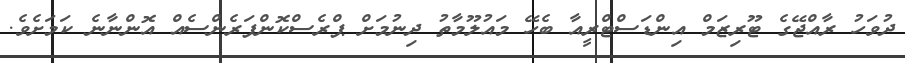
ދުވަހު ރާއްޖޭގެ ޓޫރިޒަމް އިންޑަސްޓްރީއާ ބެހޭ މައުލޫމާތު ދިނުމަށް ޕްރެސްކޮންފަރެންސެއް އޮންނާނެ ކަމަށެވެ.